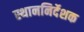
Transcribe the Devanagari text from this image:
स्थाननिर्देशक